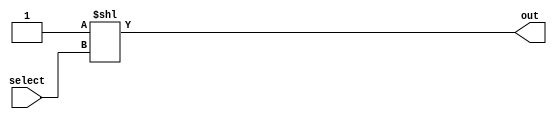
module decoder(out, select);
    output [31:0] out;
    input [4:0] select;

    assign out = 1'b1 << select;
endmodule